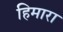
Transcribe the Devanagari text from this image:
हिमारा